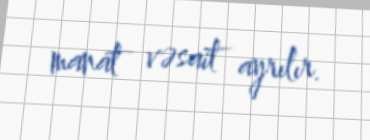
manat vəsait ayrılır.